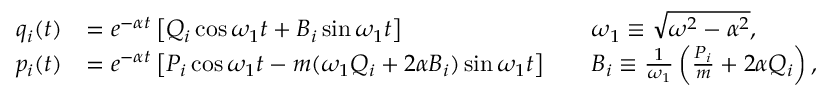
{ \begin{array} { r l r l } { q _ { i } ( t ) } & { = e ^ { - \alpha t } \left[ Q _ { i } \cos { \omega _ { 1 } t } + B _ { i } \sin { \omega _ { 1 } t } \right] } & & { \omega _ { 1 } \equiv { \sqrt { \omega ^ { 2 } - \alpha ^ { 2 } } } , } \\ { p _ { i } ( t ) } & { = e ^ { - \alpha t } \left[ P _ { i } \cos { \omega _ { 1 } t } - m ( \omega _ { 1 } Q _ { i } + 2 \alpha B _ { i } ) \sin { \omega _ { 1 } t } \right] } & & { B _ { i } \equiv { \frac { 1 } { \omega _ { 1 } } } \left( { \frac { P _ { i } } { m } } + 2 \alpha Q _ { i } \right) , } \end{array} }